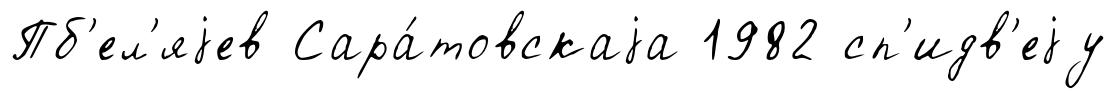
Пб'ел'яjев Сара́товскаjа 1982 сп'идв'еjу